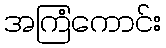
အကြံကောင်း